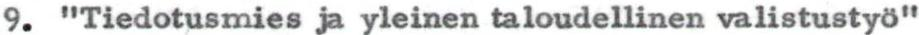
9. "Tiedotusmies ja yleinen taloudellinen valistustyö"